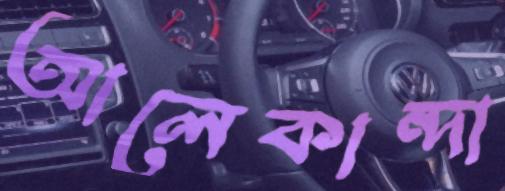
আলেকান্দা